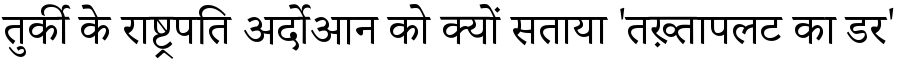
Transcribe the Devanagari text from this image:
तुर्की के राष्ट्रपति अर्दोआन को क्यों सताया 'तख़्तापलट का डर'